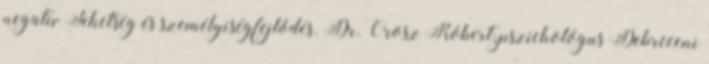
negatív Tehetség és személyiségfejlődés. Dr. Orosz Róbert, pszichológus Debreceni